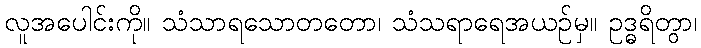
လူအပေါင်းကို။ သံသာရသောတတော၊ သံသရာရေအယဉ်မှ။ ဥဒ္ဓရိတွာ၊